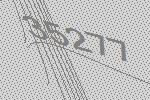
35277